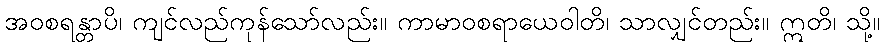
အဝစရန္တာပိ၊ ကျင်လည်ကုန်သော်လည်း။ ကာမာဝစရာယေဝါတိ၊ သာလျှင်တည်း။ ဣတိ၊ သို့။